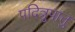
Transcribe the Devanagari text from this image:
पदित्रुपात्तु